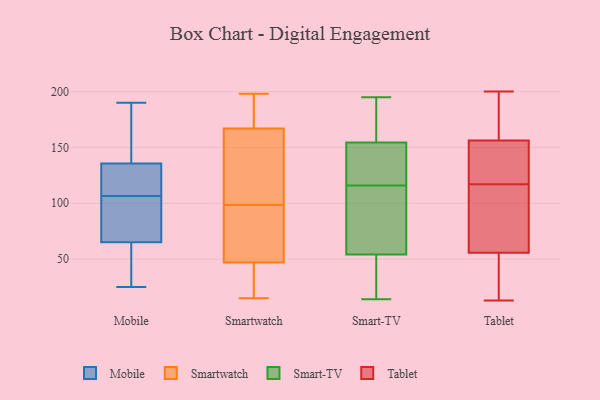
{"axis": {"x": "Satisfaction Score", "y": "Value"}, "legend": ["Mobile", "Smart-TV", "Smartwatch", "Tablet"], "data": [{"x": "", "y": 127, "type": "Mobile"}, {"x": "", "y": 31, "type": "Mobile"}, {"x": "", "y": 43, "type": "Mobile"}, {"x": "", "y": 25, "type": "Mobile"}, {"x": "", "y": 74, "type": "Mobile"}, {"x": "", "y": 126, "type": "Mobile"}, {"x": "", "y": 163, "type": "Mobile"}, {"x": "", "y": 139, "type": "Mobile"}, {"x": "", "y": 112, "type": "Mobile"}, {"x": "", "y": 101, "type": "Mobile"}, {"x": "", "y": 81, "type": "Mobile"}, {"x": "", "y": 132, "type": "Mobile"}, {"x": "", "y": 87, "type": "Mobile"}, {"x": "", "y": 56, "type": "Mobile"}, {"x": "", "y": 176, "type": "Mobile"}, {"x": "", "y": 190, "type": "Mobile"}, {"x": "", "y": 171, "type": "Smartwatch"}, {"x": "", "y": 117, "type": "Smartwatch"}, {"x": "", "y": 174, "type": "Smartwatch"}, {"x": "", "y": 15, "type": "Smartwatch"}, {"x": "", "y": 47, "type": "Smartwatch"}, {"x": "", "y": 19, "type": "Smartwatch"}, {"x": "", "y": 85, "type": "Smartwatch"}, {"x": "", "y": 112, "type": "Smartwatch"}, {"x": "", "y": 198, "type": "Smartwatch"}, {"x": "", "y": 50, "type": "Smartwatch"}, {"x": "", "y": 167, "type": "Smartwatch"}, {"x": "", "y": 140, "type": "Smartwatch"}, {"x": "", "y": 25, "type": "Smartwatch"}, {"x": "", "y": 75, "type": "Smartwatch"}, {"x": "", "y": 195, "type": "Smart-TV"}, {"x": "", "y": 17, "type": "Smart-TV"}, {"x": "", "y": 158, "type": "Smart-TV"}, {"x": "", "y": 73, "type": "Smart-TV"}, {"x": "", "y": 74, "type": "Smart-TV"}, {"x": "", "y": 158, "type": "Smart-TV"}, {"x": "", "y": 80, "type": "Smart-TV"}, {"x": "", "y": 151, "type": "Smart-TV"}, {"x": "", "y": 116, "type": "Smart-TV"}, {"x": "", "y": 20, "type": "Smart-TV"}, {"x": "", "y": 145, "type": "Smart-TV"}, {"x": "", "y": 14, "type": "Smart-TV"}, {"x": "", "y": 116, "type": "Smart-TV"}, {"x": "", "y": 39, "type": "Smart-TV"}, {"x": "", "y": 51, "type": "Smart-TV"}, {"x": "", "y": 57, "type": "Smart-TV"}, {"x": "", "y": 142, "type": "Smart-TV"}, {"x": "", "y": 175, "type": "Smart-TV"}, {"x": "", "y": 123, "type": "Smart-TV"}, {"x": "", "y": 185, "type": "Smart-TV"}, {"x": "", "y": 198, "type": "Tablet"}, {"x": "", "y": 134, "type": "Tablet"}, {"x": "", "y": 163, "type": "Tablet"}, {"x": "", "y": 52, "type": "Tablet"}, {"x": "", "y": 13, "type": "Tablet"}, {"x": "", "y": 74, "type": "Tablet"}, {"x": "", "y": 85, "type": "Tablet"}, {"x": "", "y": 103, "type": "Tablet"}, {"x": "", "y": 141, "type": "Tablet"}, {"x": "", "y": 57, "type": "Tablet"}, {"x": "", "y": 35, "type": "Tablet"}, {"x": "", "y": 200, "type": "Tablet"}, {"x": "", "y": 25, "type": "Tablet"}, {"x": "", "y": 184, "type": "Tablet"}, {"x": "", "y": 125, "type": "Tablet"}, {"x": "", "y": 154, "type": "Tablet"}, {"x": "", "y": 117, "type": "Tablet"}]}